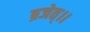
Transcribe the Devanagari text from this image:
ब्रजेत्।।